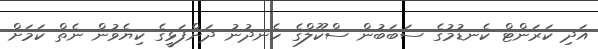
އަދި ކަރަންޓް ކެނޑުމުގެ ސަބަބުން ސްކޫލްގެ ހެނދުނު ދަންފަޅީގެ ކިޔެވުން ނެތް ކަމަށް